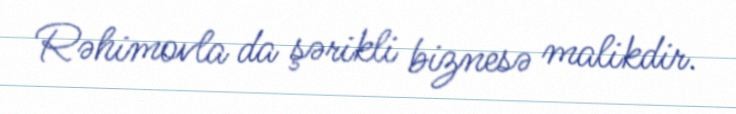
Rəhimovla da şərikli biznesə malikdir.